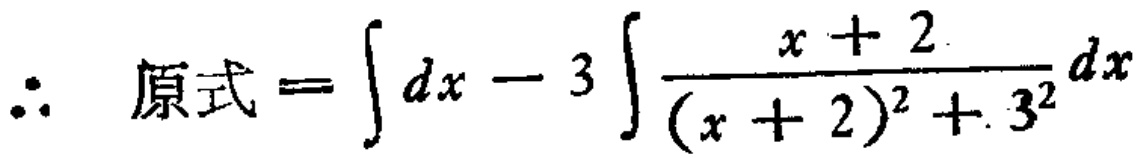
\(\therefore \ 原式=\int dx - 3\int \frac{x + 2}{(x + 2)^2 + 3^2}dx\)